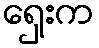
ရှေးက